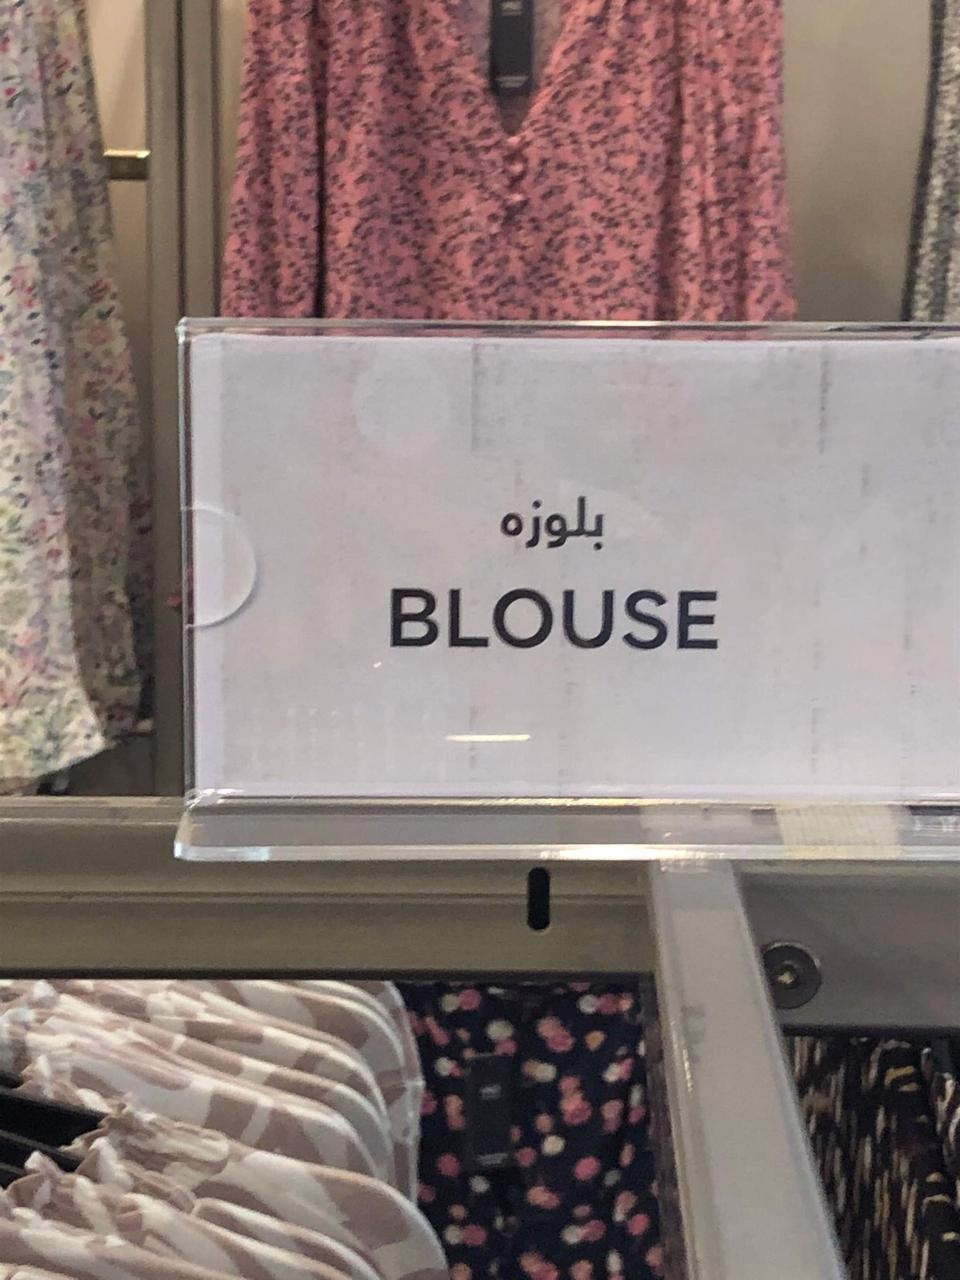
Text in image: بلوزه BLOUSE